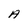
Character: A